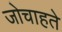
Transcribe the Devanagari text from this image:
जोचाहते